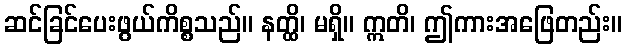
ဆင်ခြင်ပေးဖွယ်ကိစ္စသည်။ နတ္ထိ၊ မရှိ။ ဣတိ၊ ဤကားအဖြေတည်း။